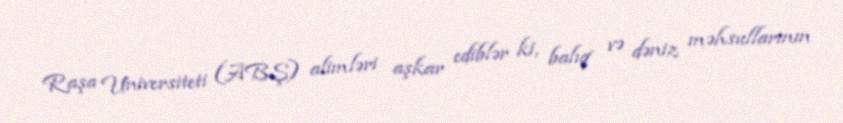
Raşa Universiteti (ABŞ) alimləri aşkar ediblər ki, balıq və dəniz məhsullarının